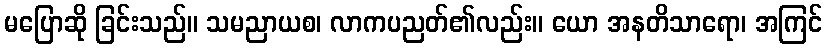
မပြောဆို ခြင်းသည်။ သမညာယစ၊ လာကပညတ်၏လည်း။ ယော အနတိသာရော၊ အကြင်